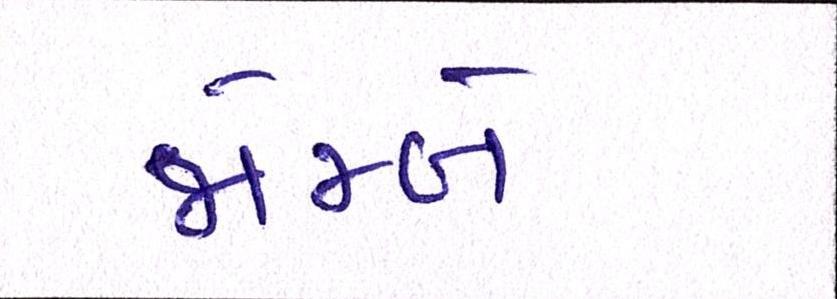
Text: જોમ્બે